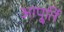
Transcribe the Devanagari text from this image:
आपू्र्ति